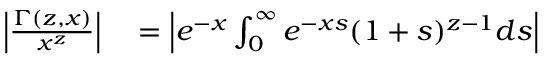
\begin{array} { r l } { \Big | \frac { \Gamma ( z , x ) } { x ^ { z } } \Big | } & { { } = \Big | e ^ { - x } \int _ { 0 } ^ { \infty } e ^ { - x s } ( 1 + s ) ^ { z - 1 } d s \Big | } \end{array}